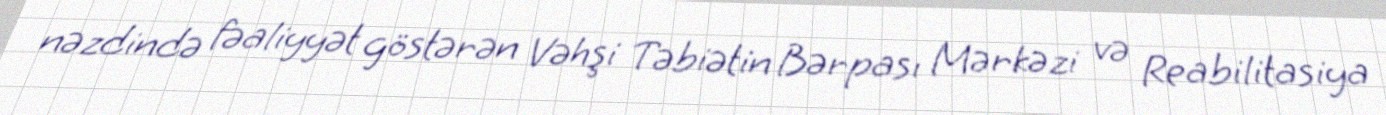
nəzdində fəaliyyət göstərən Vəhşi Təbiətin Bərpası Mərkəzi və Reabilitasiya